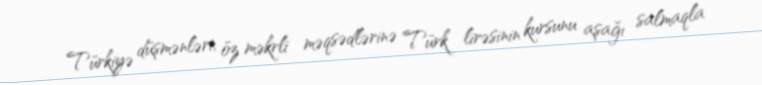
Türkiyə düşmənləri, öz məkrli məqsədlərinə Türk lirəsinin kursunu aşağı salmaqla